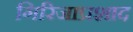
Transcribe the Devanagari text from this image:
गिरिजाप्रशाद